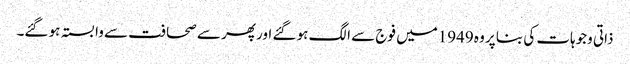
ذاتی وجوہات کی بنا پر وہ 1949میں فوج سے الگ ہو گئے اور پھر سے صحافت سے وابستہ ہو گئے۔